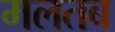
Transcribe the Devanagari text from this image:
मलतब